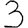
Digit: 3